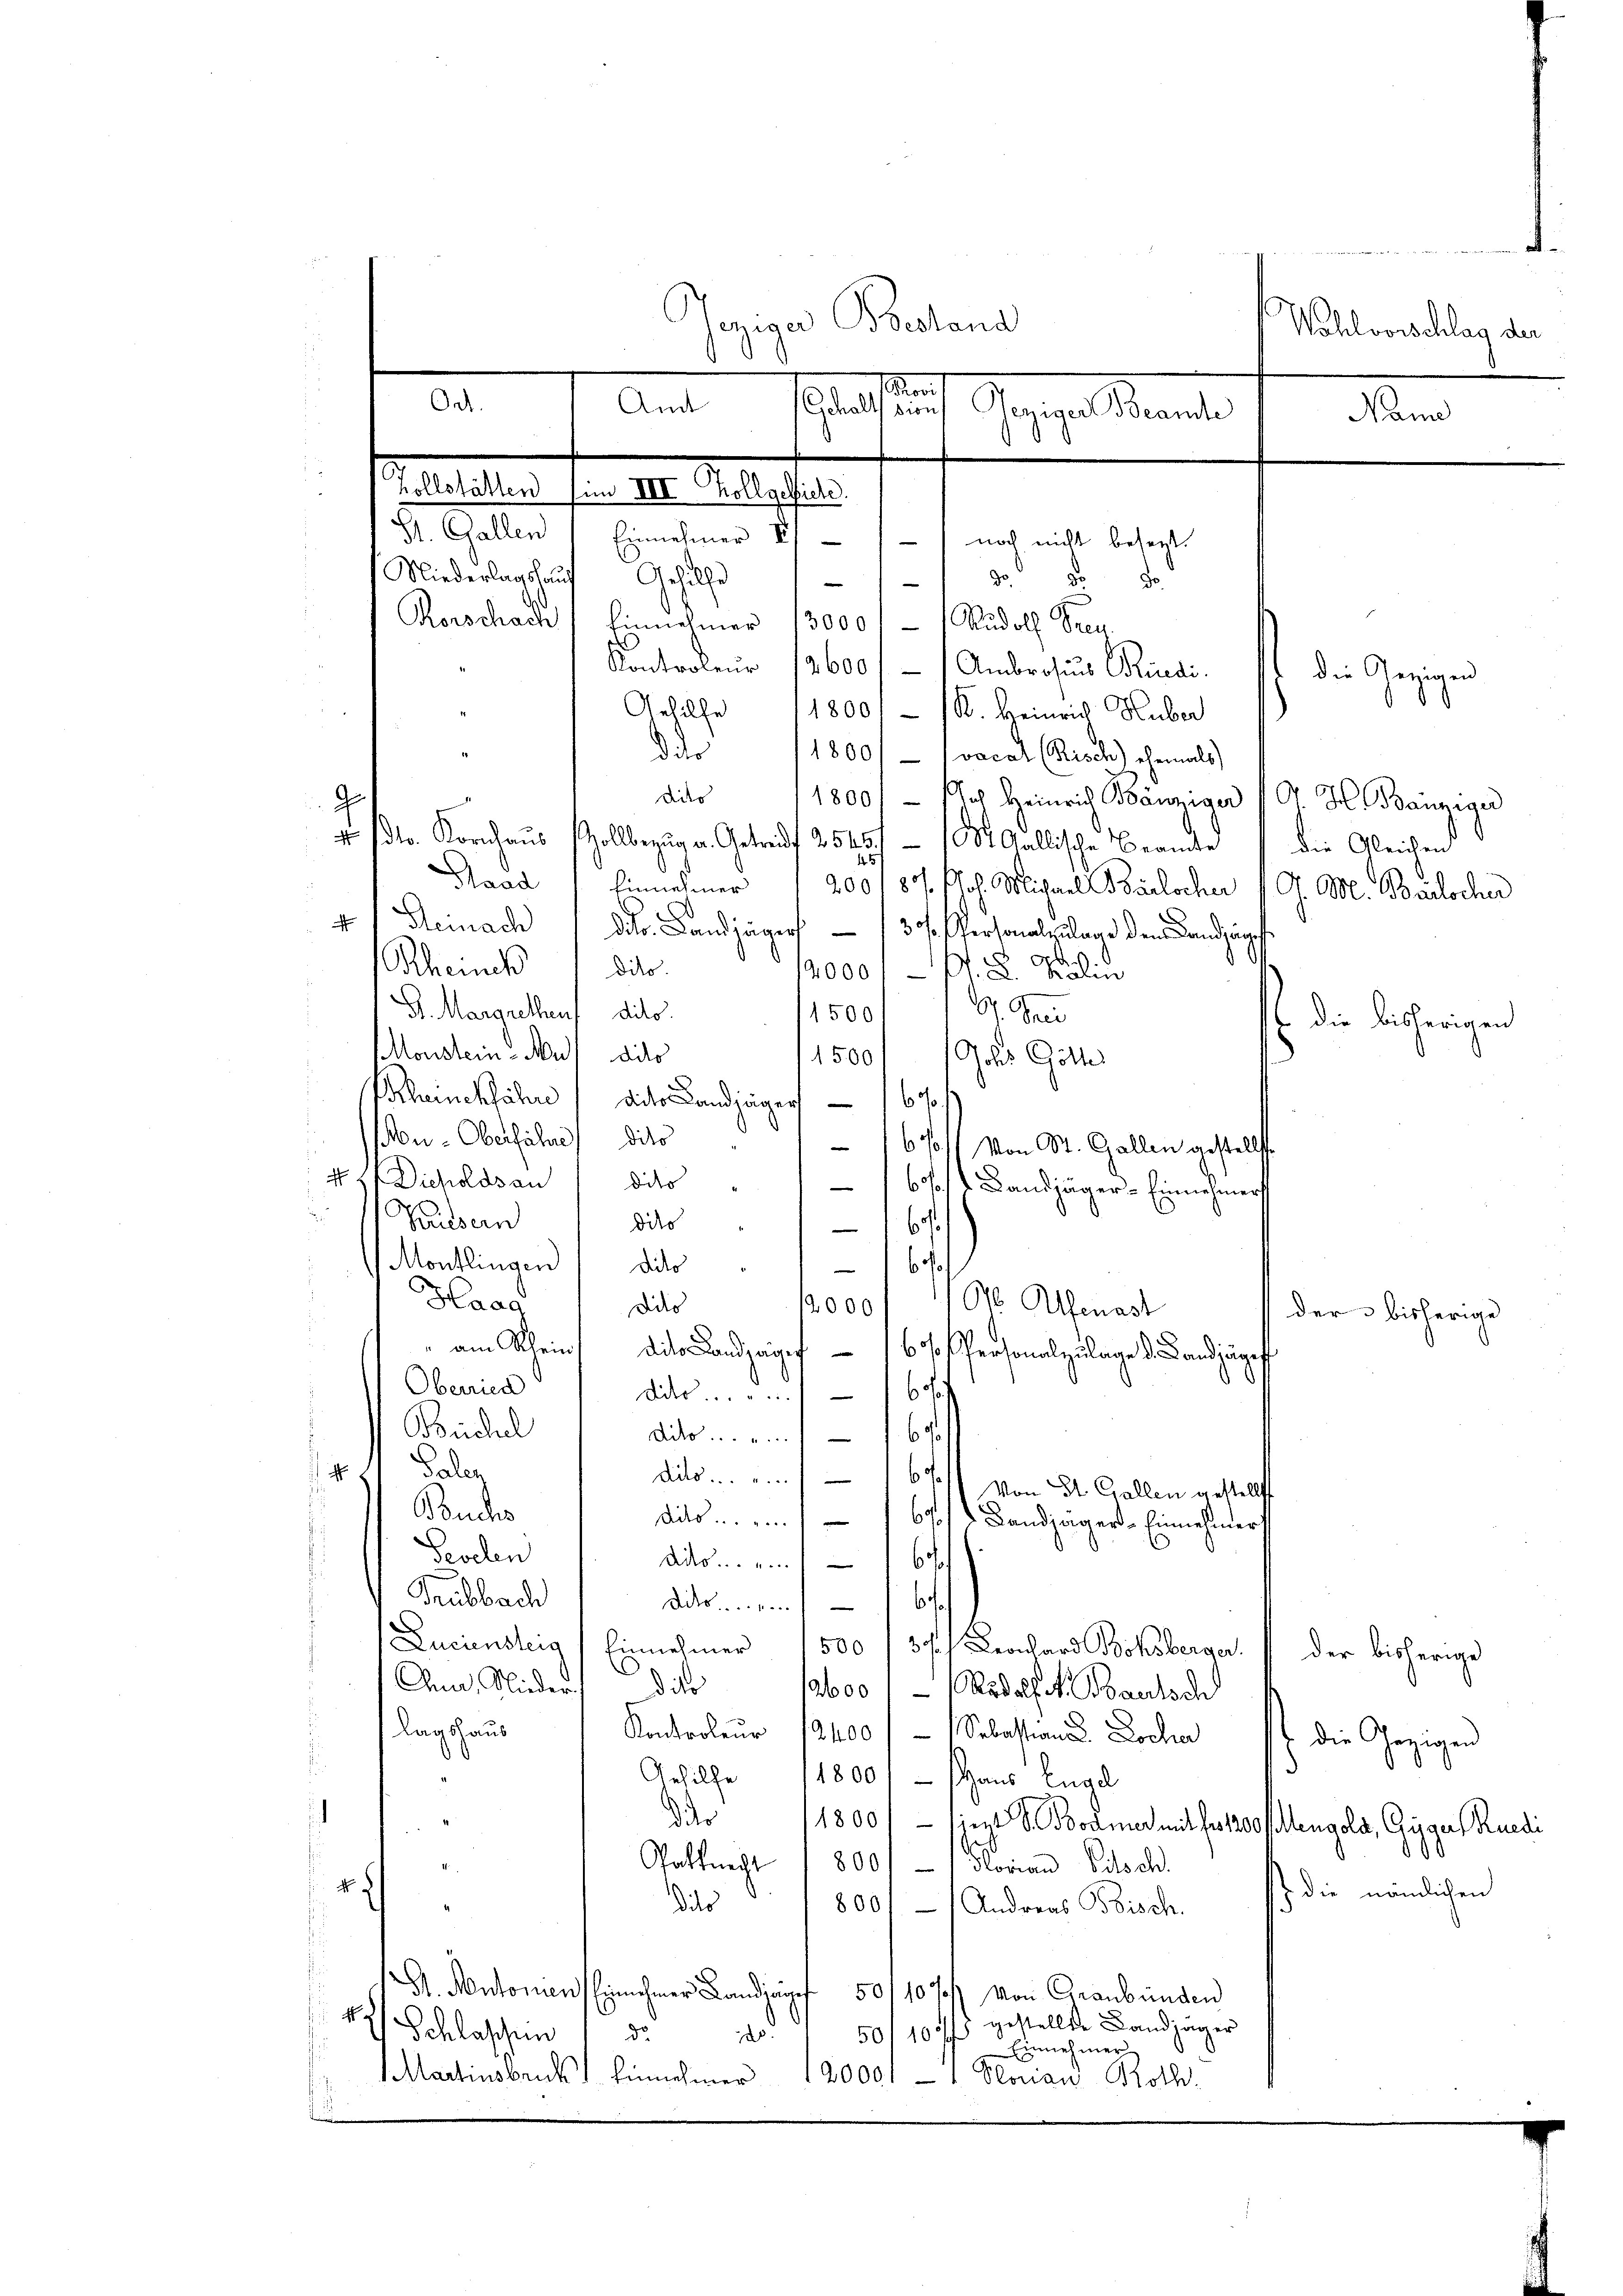
Od

.
1
Gegige Postand
Wohlvorschlag der
e
Amt
Gehalts dion) Jeziger Beamte
n
e

St. Gallen Einnehmer III) - noch nicht besezt
Niederlagshauf Gehilfe
e
Rorschach Einnehmer 13000.- (Rudolf Bren
Kontroleur 12600 / / Ambrosius Rüedi.
Gehilfe 11800.- (K. Heinrich Huber
d der
1800/ 1 vocal (Risch) ehemals
dito
1800. - Noch Heinrich Bänziger 10 H. Banziger
 (der Kornhaus Zollbezug a. Getreff 254 - St. Gallische Beamte die Gleichen
Stand (Einnehmer 200 f 8 Joh. Michael Barlocher v. J. M. Brocher
.
x
Steinach 1 dto. Landjägers 30 Personalzulage den Landjäge
Rheinek die
12000/. L. Kalin
t. Jed
G. Margrethaus dito.
1500
E die bisherigen
Monsteins Audito
1500 Ichs Götter
Scheinckfahre, die Landjäger — 16
Mu-Oberfahre dito
1671 von St. Gallen gestellt
48f Dicholdsaudito
60 Landjäger-Einnehmer
dies
Pausern
6/
Montlingen dito
16 f
Haag
Ob. Alfenast
didis
12000
der 3 bisherige
" am Rheins die Landjägeg 1600 Personalzulage d. Landjäger
Oberried
dits 16
Büchel
dito.
p. 1. Pala
ds.
Von St. Gallen gestellt
E
Buchs
dites . . . . 610 d. Landjäger-Einnehmer
Sevelen
Ads.. 16 f
Trubbach
Dirnem sch
Luciensteig) Einnehmer 1500 /37/ Leonhard Bohsberger. / der bisherige
0
A, Nieder
d der
136001 (Radolf S. aussch
lagshaus
Kontroleur 12400 /  Sebastian Loche die Gezigen
Gehilfe 118001 - Haus Engel
i
der
1800/ - jezt F. Bodmer mit des 1200 Mengola, Gigers Ruedi
Palknecht 1 800/1 Florian Bitsch.
 N.
 die nämlichen
dits
d
800/ / Andreas Bisch.
S. Autonien Einnehmer Landjäpf 501 10 J. von Graubünden
50/1075 gestellte Landjäger
1 Schlaschen 1 de
Einnehmer
Martinsbruck) Einnehmer 12000 - 1. Norian Both-

Zollstätten im III Kollgeliche

3

die Gezigen